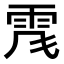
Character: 𩂑